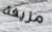
مزيفة